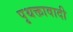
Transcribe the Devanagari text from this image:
पृथक्तावादी